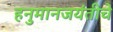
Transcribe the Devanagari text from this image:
हनुमानजयंतीचे